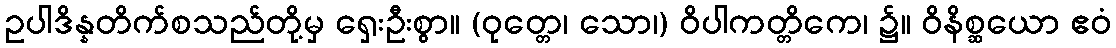
ဥပါဒိန္နတိက်စသည်တို့မှ ရှေးဦးစွာ။ (ဝုတ္တေ၊ သော၊) ဝိပါကတ္တိကေ၊ ၌။ ဝိနိစ္ဆယော ဧဝံ